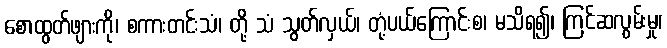
စောထွတ်ဖျားကို၊ စကားတင်းသံ၊ တို့ သံ သွတ်လှယ်၊ တုံ့ပယ်ကြောင်းစ၊ မသိရ၍၊ ကြင်ဆလွမ်းမှု၊